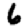
Digit: 6